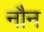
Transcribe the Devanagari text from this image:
नौन